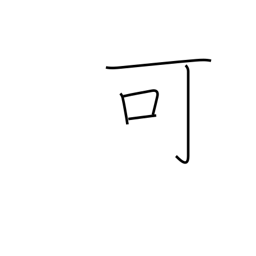
Meaning: passable